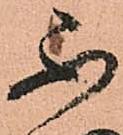
不